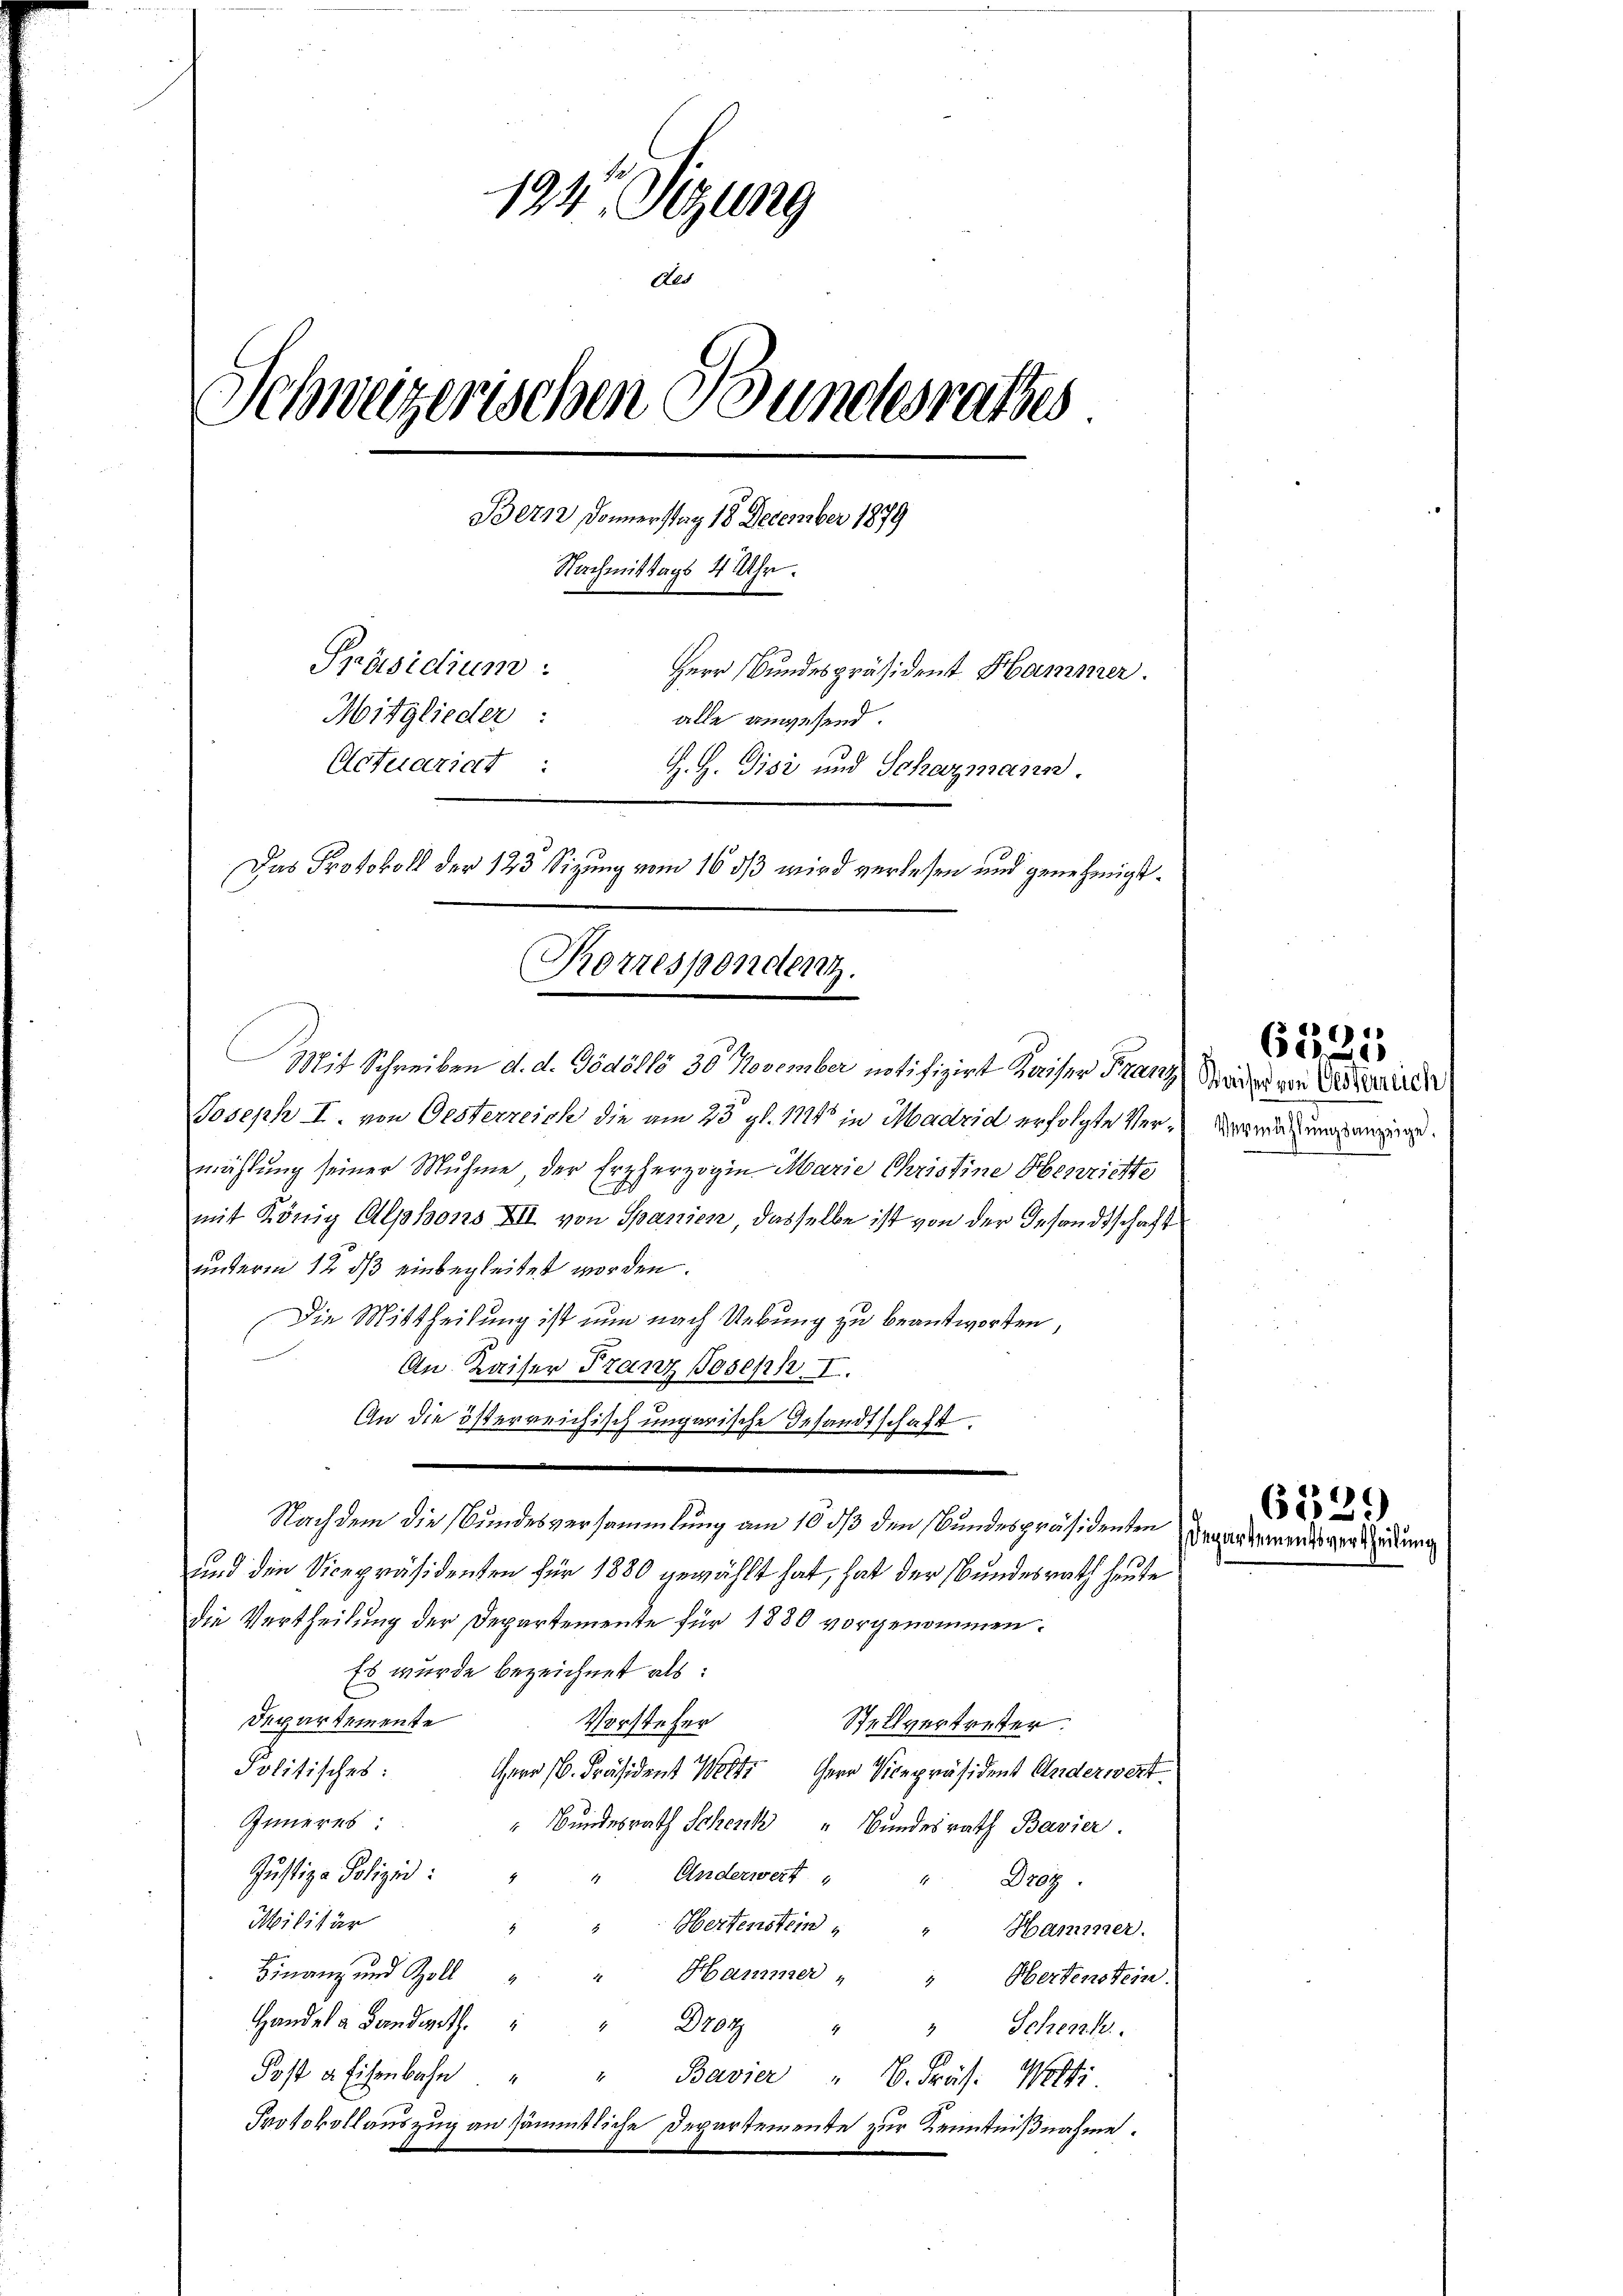
194. Sitzung
Als
Schweizerischen Bundesrathes.
Bern Donnerstag 18 December 1879
Nachmittags 4 Uhr.
Ppräsidium.
Herr Bundespräsident Hammer.
Mitglieder:
alle anwesend.
Actuariat :
H. H. Gisi und Schazmann.
Das Protokoll der 123 Sitzung vom 16 ds wird verlesen und genehmigt.
Korrespondenz.

Mit Schreiben d. d. Gödölló 30 November notifizirt Kaiser Franz
Joseph I. von Oesterreich die am 23. gl. 1120 in Madrid erfolgte Vermählung seiner Muhme der Erzherzogin-Marie Christine Obenrichte
mit König Alphons XII von Spanien dasselbe ist von der Gesandtschaft
unterm 12. ds einbegleitet worden.
Die Mittheilung ist nun nach Uebung zu beantworten,
An Kaiser Franz Joseph I.
An die österreichisch ungarische Gesandtschaft
Nachdem die Bundesversammlung am 10 dß den Bundespräsidenten
und den Vicepräsidenten für 1880 gewählt hat, hat der Bundesrath heute
die Vertheilung der Departemente für 1880 vorgenommen.
Es wurde bezeichnet als:
Departemente
Vorsteher
Stellvertreter.
Politisches:
Herr C. Präsident 1 Herr Vicepräsident Anderwert
Inneres:
"Bundesrath Schenk " Bundesrath Bavier
Justiz-Polizei:
Anderwert
" Droz.
Militär
Hertenstein
4
Hammer.
4
Finanz und Zoll " " Hammer " "
Obertenstein.
Handel a Panderet. " " Droz
" Schenk.
Post a Eisenbahn
4
Bavier " B. Präs. Welti.
Protokollauszug an sämmtliche Departemente zur Kenntnißnahme.

Waiser von Oesterreich
) Vermählŭngsanzeige.

6535

e
6223)
Departementsvertheilung